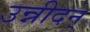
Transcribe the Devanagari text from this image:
उन्नीदन्